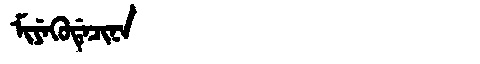
Manchu: ᠮᡳᠶᡝᡴᡠᡩᡝᠴᡳᠨᠠ
Romanization: MIYEKUDECINA